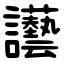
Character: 讛